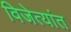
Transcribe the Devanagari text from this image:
विजेत्यांत